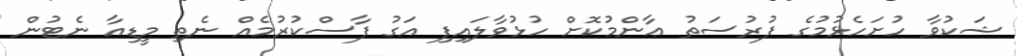
ޝަކުވާ ހުށަހެޅުމުގެ ފުރުސަތު ޢާންމުކޮށް ހުޅުވާލައިފި އަގު ފާސްކުރުމެއް ނެތި މީޑިއާ ނެޓުން